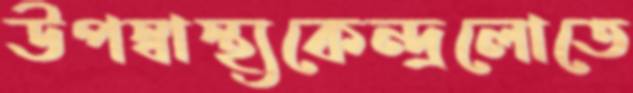
উপস্বাস্থ্যকেন্দ্রলোতে